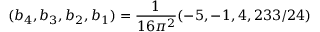
( b _ { 4 } , b _ { 3 } , b _ { 2 } , b _ { 1 } ) = \frac { 1 } { 1 6 \pi ^ { 2 } } ( - 5 , - 1 , 4 , 2 3 3 / 2 4 )